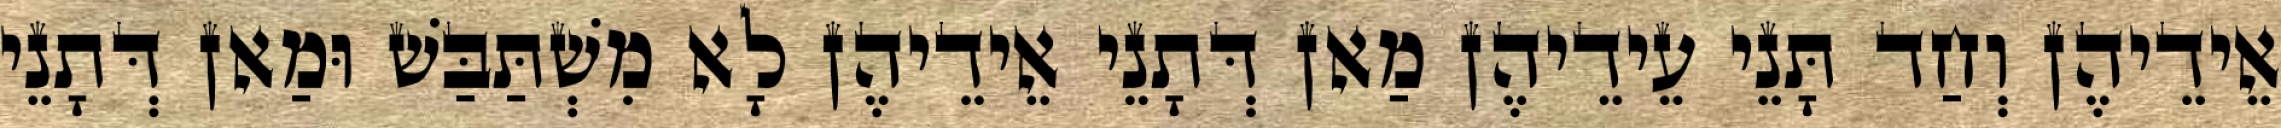
אֵידֵיהֶן וְחַד תָּנֵי עֵידֵיהֶן מַאן דְּתָנֵי אֵידֵיהֶן לָא מִשְׁתַּבַּשׁ וּמַאן דְּתָנֵי